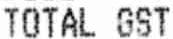
TOTAL GST